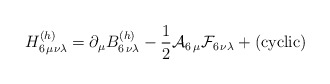
\begin{align*}H^{(h)}_{6\,\mu\nu\lambda}= \partial_\mu B^{(h)}_{6\,\nu\lambda}- {{1}\over{2}}{\cal A}_{6\,\mu} {\cal F}_{6\,\nu\lambda} + ({\rm cyclic})\end{align*}